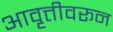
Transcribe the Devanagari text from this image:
आवृत्तीवरून